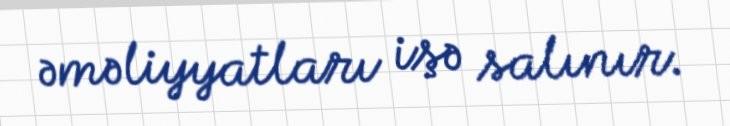
əməliyyatları işə salınır.